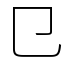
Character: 㔾